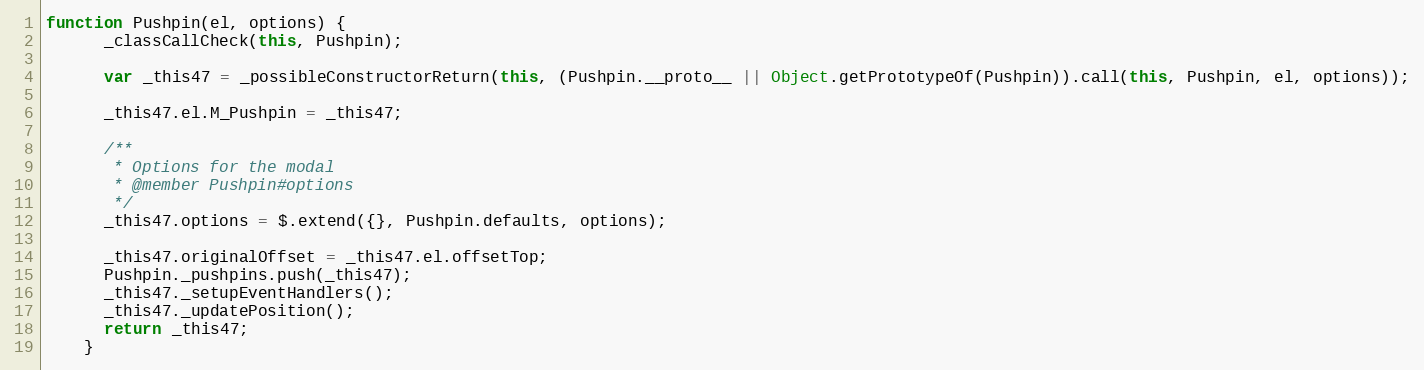
Language: JavaScript
function Pushpin(el, options) {
      _classCallCheck(this, Pushpin);

      var _this47 = _possibleConstructorReturn(this, (Pushpin.__proto__ || Object.getPrototypeOf(Pushpin)).call(this, Pushpin, el, options));

      _this47.el.M_Pushpin = _this47;

      /**
       * Options for the modal
       * @member Pushpin#options
       */
      _this47.options = $.extend({}, Pushpin.defaults, options);

      _this47.originalOffset = _this47.el.offsetTop;
      Pushpin._pushpins.push(_this47);
      _this47._setupEventHandlers();
      _this47._updatePosition();
      return _this47;
    }